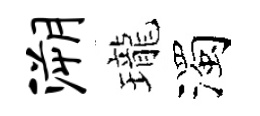
溯瓏濁